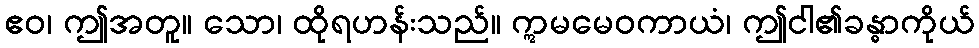
ဧဝ၊ ဤအတူ။ သော၊ ထိုရဟန်းသည်။ ဣမမေဝကာယံ၊ ဤငါ၏ခန္ဓာကိုယ်